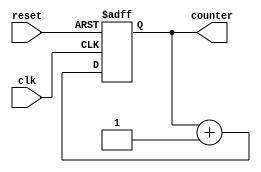
`timescale 1ns / 1ps
//////////////////////////////////////////////////////////////////////////////////
// Company: 
// Engineer: 
// 
// Design Name: 
// Module Name: two_bit_up_counter
// Project Name: 
// Target Devices: 
// Tool Versions: 
// Description: 
// 
// Dependencies: 
// 
// Revision:
// Revision 0.01 - File Created
// Additional Comments:
// 
//////////////////////////////////////////////////////////////////////////////////


module two_bit_up_counter(input clk, reset, output[1:0] counter);
reg [1:0] counter_up;

// up counter
always @(posedge clk or posedge reset)
begin
if(reset)
 counter_up <= 2'b0;
else
 counter_up <= counter_up + 2'b1;
end 
assign counter = counter_up;
endmodule